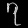
Digit: ၇